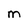
Character: M